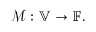
\mathcal { M } : \mathbb { V } \rightarrow \mathbb { F } .